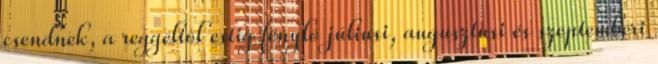
csendnek, a reggeltõl estig fénylõ júliusi, augusztusi és szeptemberi